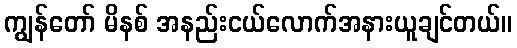
ကျွန်တော် မိနစ် အနည်းငယ်လောက်အနားယူချင်တယ်။